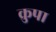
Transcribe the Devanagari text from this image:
क्रुपा